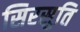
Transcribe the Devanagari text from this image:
सिरसुति